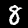
Digit: 8